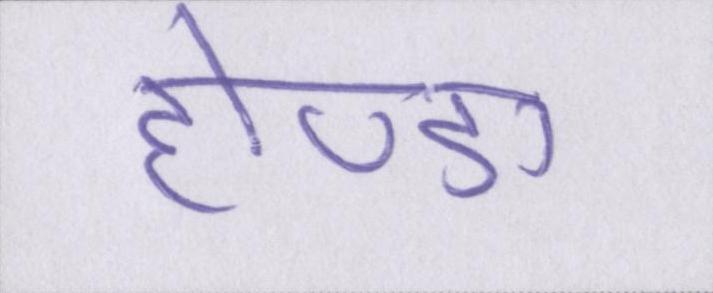
होण्डा